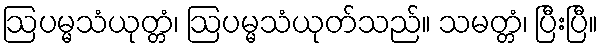
ဩပမ္မသံယုတ္တံ၊ ဩပမ္မသံယုတ်သည်။ သမတ္တံ၊ ပြီးပြီ။